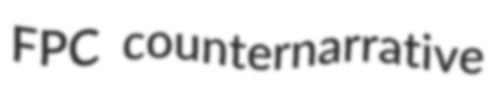
FPC counternarrative